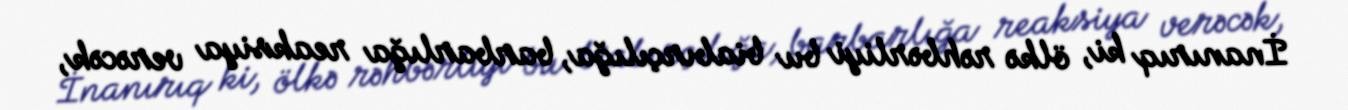
İnanırıq ki, ölkə rəhbərliyi bu biabırçılığa, barbarlığa reaksiya verəcək,